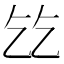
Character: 𬼠